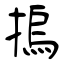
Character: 摀